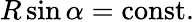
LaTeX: R\sin\alpha={\mathrm{const.}}